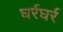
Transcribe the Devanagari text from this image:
घर्रघर्र